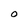
Character: O